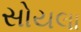
સોયલા